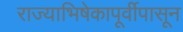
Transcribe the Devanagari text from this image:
राज्याभिषेकापूर्वीपासून